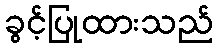
ခွင့်ပြုထားသည်